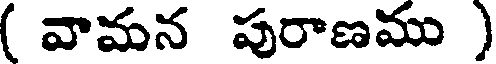
( వామన పురాణము )